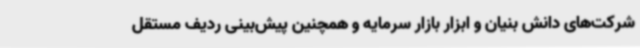
شرکت‌های دانش بنیان و ابزار بازار سرمایه و همچنین پیش‌بینی ردیف مستقل